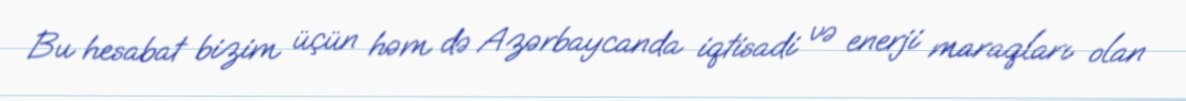
Bu hesabat bizim üçün həm də Azərbaycanda iqtisadi və enerji maraqları olan